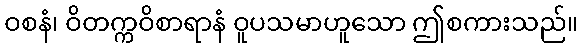
ဝစနံ၊ ဝိတက္ကဝိစာရာနံ ဝူပသမာဟူသော ဤစကားသည်။